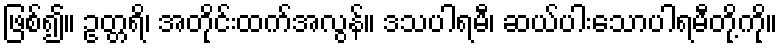
ဖြစ်၍။ ဥတ္တရိ၊ အတိုင်းထက်အလွန်။ ဒသပါရမီ၊ ဆယ်ပါးသောပါရမီတို့ကို။